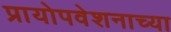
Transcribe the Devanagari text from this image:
प्रायोपवेशनाच्या